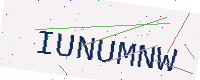
Text: IUNUMNW